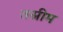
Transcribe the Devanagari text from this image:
तस्नीम